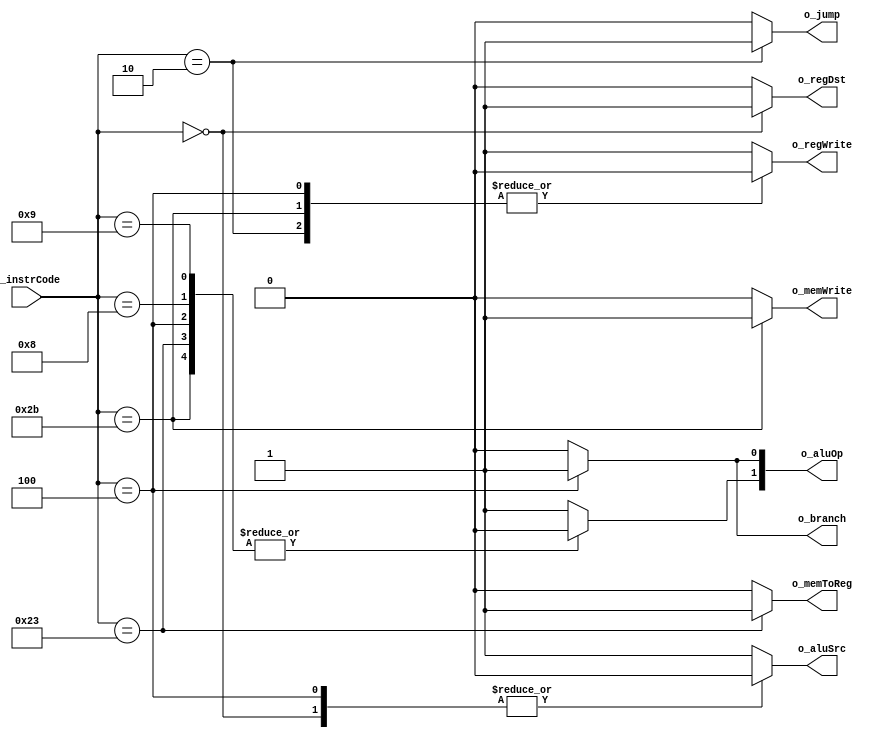
module control(i_instrCode, 
               o_regDst,
               o_jump, 
               o_branch,
               o_memToReg,
               o_aluOp,
               o_memWrite,
               o_aluSrc,
               o_regWrite
               );
  
input     [5:0]  i_instrCode;
output  reg          o_regDst;
output  reg          o_regWrite;
output  reg          o_aluSrc;
output  reg         o_branch;
output  reg          o_jump; 
output  reg         o_memWrite;
output  reg         o_memToReg;
output  reg  [1:0]   o_aluOp;


  always @(i_instrCode)
  begin
  //defaults values
		o_regDst = 1'b0;
		o_regWrite = 1'b1;
		o_aluSrc = 1'b1;
		o_branch = 1'b0;
		o_jump = 1'b0;
		o_memWrite = 1'b0;
		o_memToReg = 1'b0;
		o_aluOp[1:0] = 2'b10;
		
	case(i_instrCode)
		6'h00: begin//r-type
			o_aluSrc = 1'b0;
			o_regDst = 1'b1;
		end
		
		6'h02: begin//jump
			o_jump = 1'b1;
			o_regWrite = 1'b0;
		end	
		
		6'h04: begin //beq
			o_aluOp = 2'b01;
			o_regWrite = 1'b0;
			o_aluSrc = 1'b0;
			o_branch = 1'b1;
		end	
		
		6'h08: begin //addi
			o_aluOp[1] = 1'b0;
		end
		
		6'h09: begin//addiu
			o_aluOp[1] = 1'b0;
		end
		
		6'h23: begin//lw
			o_aluOp[1] = 1'b0;
			o_memToReg = 1'b1;
		end
		
		6'h2b: begin//sw
			o_aluOp[1] = 1'b0;
			o_memWrite = 1'b1;
			o_regWrite = 1'b0;
		end
		
		endcase
	end
endmodule